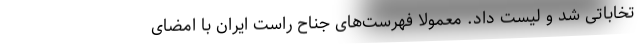
تخاباتی شد و لیست داد. معمولا فهرست‌‌های جناح راست ایران با امضای